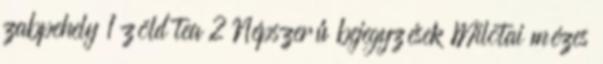
zabpehely 1 zöld tea 2 Népszerű bejegyzések Milotai mézes